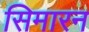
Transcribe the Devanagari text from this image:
सिमारन